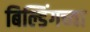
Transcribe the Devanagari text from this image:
बिल्डिंगच्या